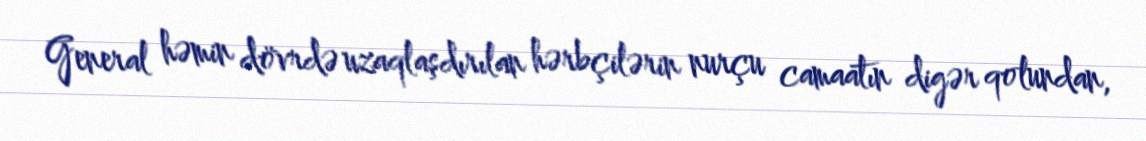
General həmin dövrdə uzaqlaşdırılan hərbçilərin nurçu camaatın digər qolundan,